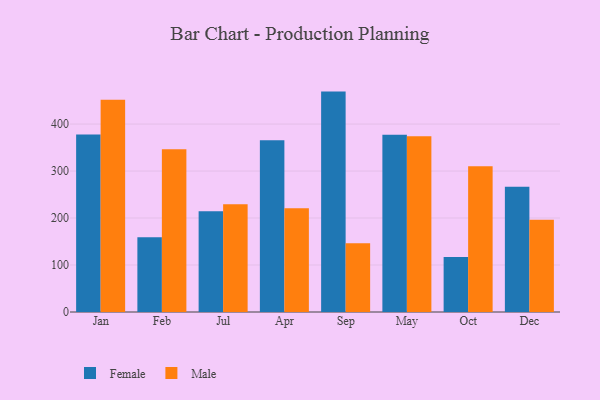
{"axis": {"x": "Month", "y": "Population (Million)"}, "legend": ["Female", "Male"], "data": [{"x": "Jan", "y": 377.8, "type": "Female"}, {"x": "Jan", "y": 451.5, "type": "Male"}, {"x": "Feb", "y": 159.1, "type": "Female"}, {"x": "Feb", "y": 346.6, "type": "Male"}, {"x": "Jul", "y": 214.6, "type": "Female"}, {"x": "Jul", "y": 229.4, "type": "Male"}, {"x": "Apr", "y": 365.3, "type": "Female"}, {"x": "Apr", "y": 220.7, "type": "Male"}, {"x": "Sep", "y": 469.1, "type": "Female"}, {"x": "Sep", "y": 146.5, "type": "Male"}, {"x": "May", "y": 377.4, "type": "Female"}, {"x": "May", "y": 374.0, "type": "Male"}, {"x": "Oct", "y": 117.2, "type": "Female"}, {"x": "Oct", "y": 310.0, "type": "Male"}, {"x": "Dec", "y": 266.8, "type": "Female"}, {"x": "Dec", "y": 196.4, "type": "Male"}]}